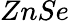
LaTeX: ZnSe